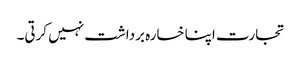
تجارت اپنا خسارہ برداشت نہیں کرتی۔